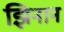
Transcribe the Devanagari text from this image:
झिनान